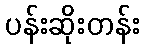
ပန်းဆိုးတန်း